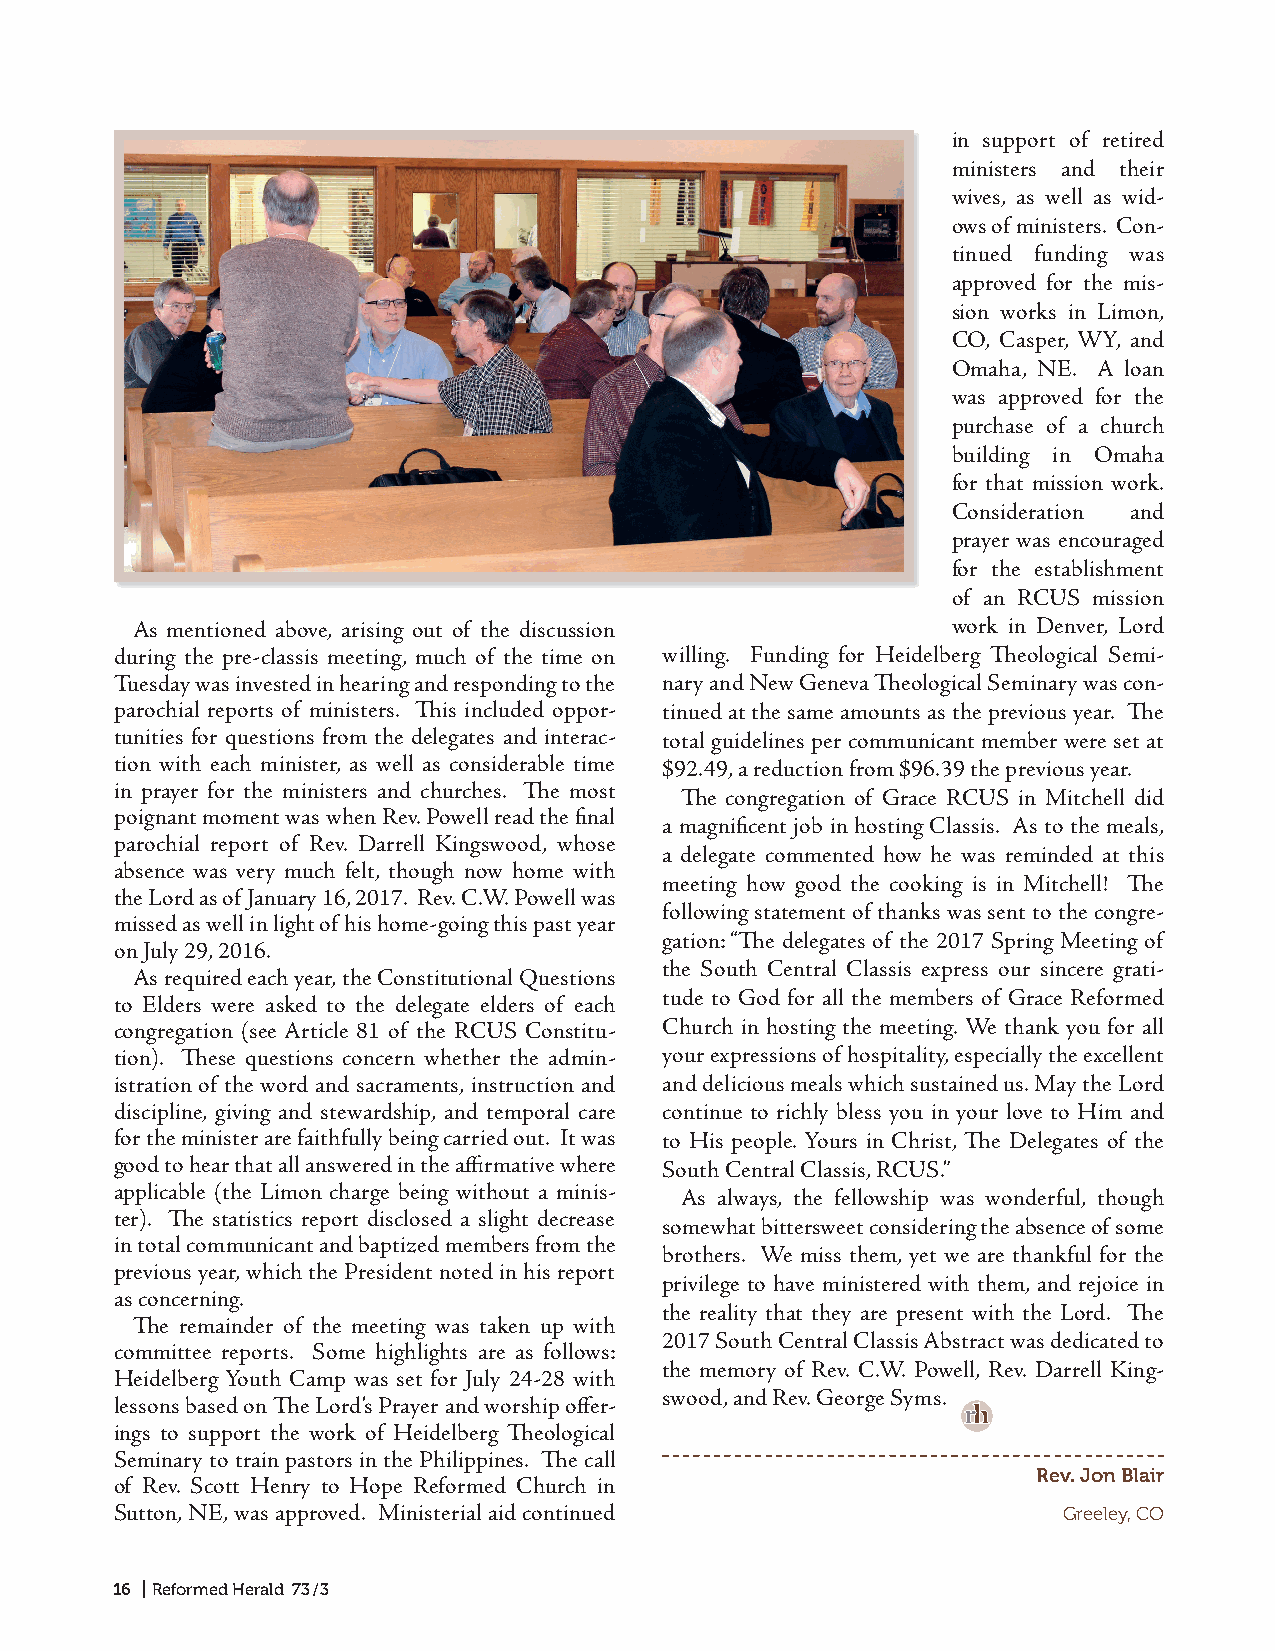
in support of retired
 ministers and their
 wives, as well as wid-
 ows of ministers. Con-
 tinued funding was
 approved for the mis-
 sion works in Limon,
 CO, Casper, WY, and
 Omaha, NE. A loan
 was approved for the
 purchase of a church
 building in Omaha
 for that mission work.
 Consideration and
 prayer was encouraged
 for the establishment
 of an RCUS mission
 As mentioned above, arising out of the discussion      work in Denver, Lord
 during the pre-classis meeting, much of the time on willing. Funding for Heidelberg Theological Semi-
 Tuesday was invested in hearing and responding to the nary and New Geneva Theological Seminary was con-
 parochial reports of ministers. This included oppor- tinued at the same amounts as the previous year. The
 tunities for questions from the delegates and interac- total guidelines per communicant member were set at
 tion with each minister, as well as considerable time $92.49, a reduction from $96.39 the previous year.
 in prayer for the ministers and churches. The most
 The congregation of Grace RCUS in Mitchell did
 poignant moment was when Rev. Powell read the final
 a magnificent job in hosting Classis. As to the meals,
 parochial report of Rev. Darrell Kingswood, whose
 a delegate commented how he was reminded at this
 absence was very much felt, though now home with
 meeting how good the cooking is in Mitchell! The
 the Lord as of January 16, 2017. Rev. C.W. Powell was
 following statement of thanks was sent to the congre-
 missed as well in light of his home-going this past year
 gation: “The delegates of the 2017 Spring Meeting of
 on July 29, 2016.
 the South Central Classis express our sincere grati-
 As required each year, the Constitutional Questions
 tude to God for all the members of Grace Reformed
 to Elders were asked to the delegate elders of each
 congregation (see Article 81 of the RCUS Constitu- Church in hosting the meeting. We thank you for all
 tion). These questions concern whether the admin- your expressions of hospitality, especially the excellent
 istration of the word and sacraments, instruction and and delicious meals which sustained us. May the Lord
 discipline, giving and stewardship, and temporal care continue to richly bless you in your love to Him and
 for the minister are faithfully being carried out. It was to His people. Yours in Christ, The Delegates of the
 good to hear that all answered in the affirmative where South Central Classis, RCUS.”
 applicable (the Limon charge being without a minis- As always, the fellowship was wonderful, though
 ter). The statistics report disclosed a slight decrease
 somewhat bittersweet considering the absence of some
 in total communicant and baptized members from the
 brothers. We miss them, yet we are thankful for the
 previous year, which the President noted in his report
 privilege to have ministered with them, and rejoice in
 as concerning.
 the reality that they are present with the Lord. The
 The remainder of the meeting was taken up with
 2017 South Central Classis Abstract was dedicated to
 committee reports. Some highlights are as follows:
 the memory of Rev. C.W. Powell, Rev. Darrell King-
 Heidelberg Youth Camp was set for July 24-28 with
 swood, and Rev. George Syms.
 lessons based on The Lord’s Prayer and worship offer-   rh
 ings to support the work of Heidelberg Theological
 Seminary to train pastors in the Philippines. The call
 Rev. Jon Blair
 of Rev. Scott Henry to Hope Reformed Church in
 Sutton, NE, was approved. Ministerial aid continued            Greeley, CO
 16 | Reformed Herald 73 / 3